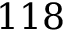
1 1 8